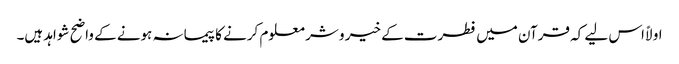
اولاً اس لیے کہ قرآن میں فطرت کے خیر و شر معلوم کرنے کا پیمانہ ہونے کے واضح شواہد ہیں۔